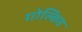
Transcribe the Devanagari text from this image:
गोल्किड